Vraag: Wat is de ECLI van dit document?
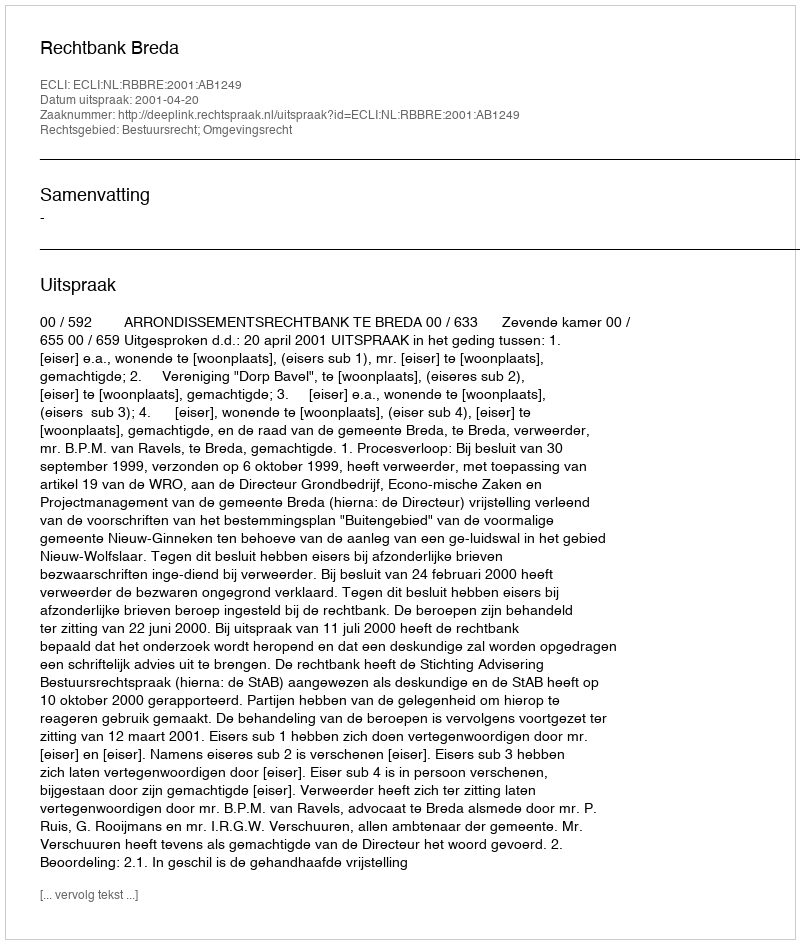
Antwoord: ECLI:NL:RBBRE:2001:AB1249